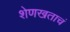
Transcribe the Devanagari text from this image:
शेणखताचं